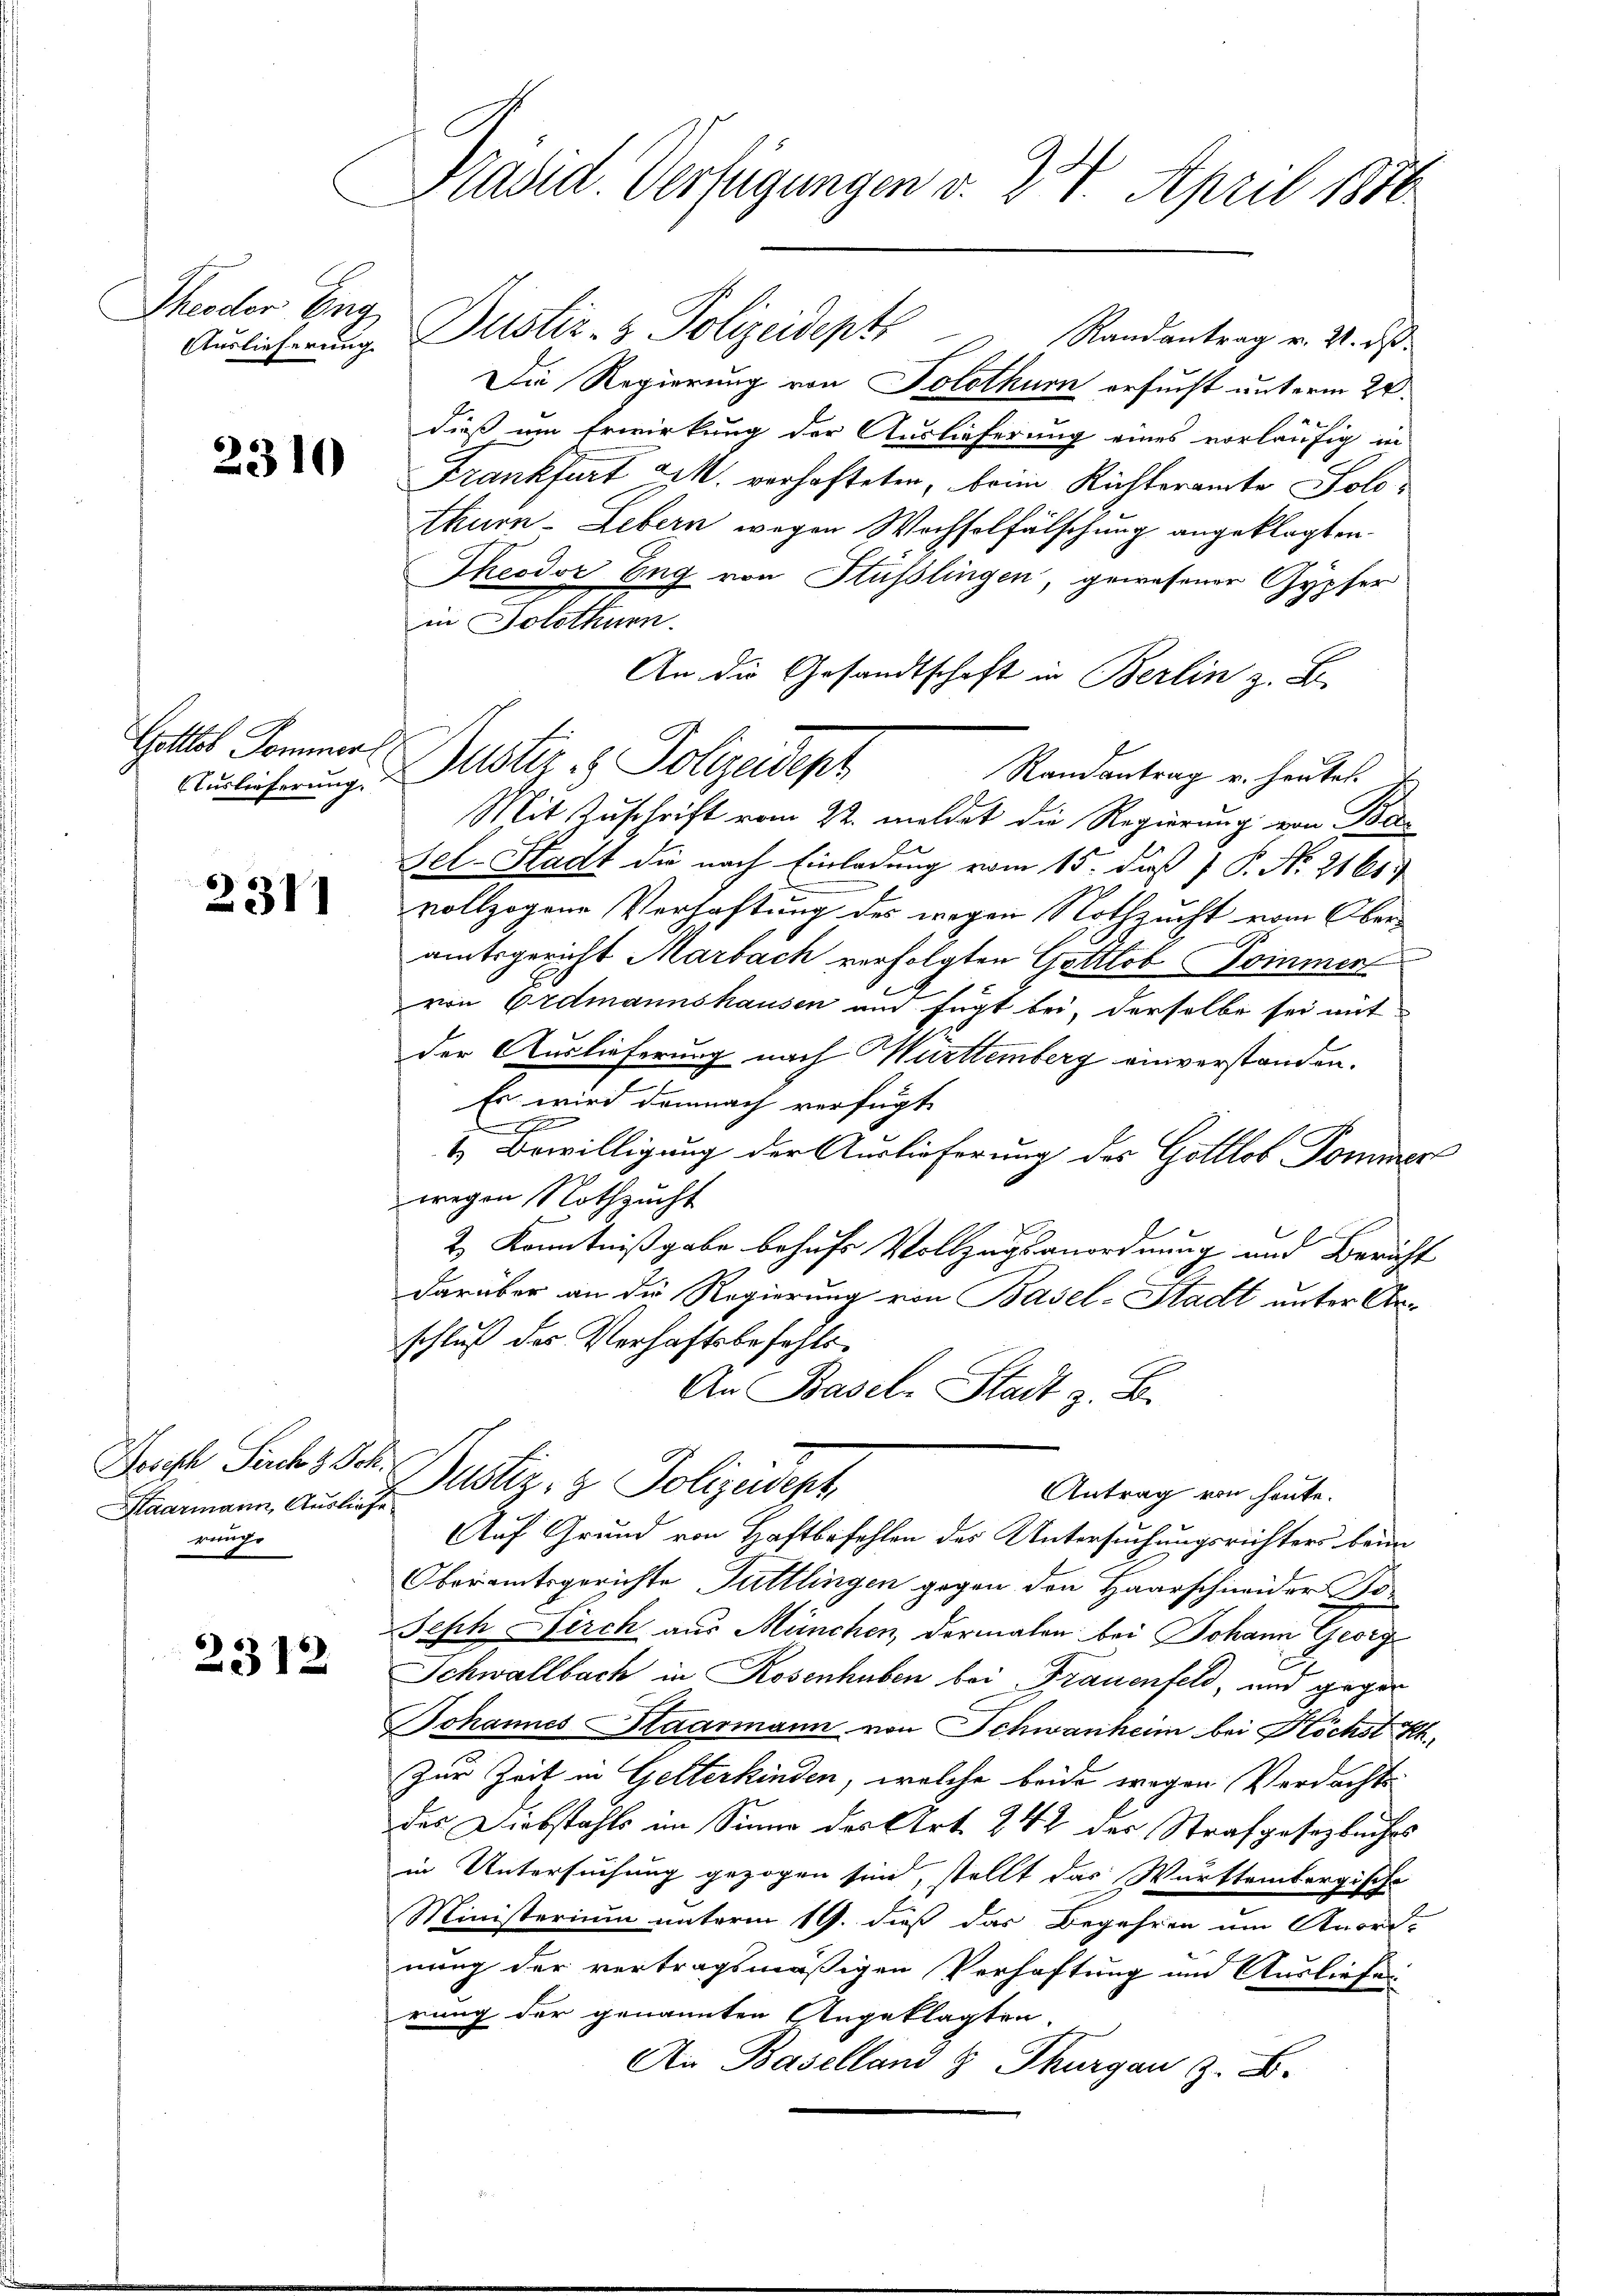
Theodor Eng
Auslieferung

2310

Gottlob Sommerl

2311

Joseph Perche Ver
Saarmann, Auslief
reuge

2312

Präsid Verfügungen v. 24. April 188

Dustiz- & Polizeidept" Randantrag v. 2. ds.
Die Regierung von Solothurn ersucht unterm 24.
e
dieß um Erwirkung der Auslieferung eines vorläufig in
Frankfurt M. verhafteten, beim Richteramte Solothurn-Lebern wegen Wechselfälschung angeklagten
Theodor Eng von Stüsslingen, gewesener Gypfer
in Solothurn.
Randantrag u. heutet.
Mit Zuschrift vom 22. meldet die Regierung von Be¬
Sel-Stadt die nach Einladung vom 15. daß  P. No. 21 61.
vollzogene Verhaftung des wegen Nothzucht vom Oberamtsgericht Marbach verfolgten Gottlob Sommen
von Erdmannshausen und fügt bei, derselbe sei mit
der Auslieferung nach Württemberg einverstanden.
Es wird demnach verfügt
l
xx
t. Bewilligung der Auslieferung des Gottlob Pommen
wegen Nothzucht
2) Kenntnißgabe behufs Vollzugsanordnung und Bericht
darüber an die Regierung von Basel-Stadt unter Arschluß des Verhaftsbefehls¬
An Baseln Stadt z. B.
Justiz- & Polizeidept,
Antrag von heute.
Auf Grund von Haftbefehlen des Untersuchungsrichters beim
Oberamtsgerichte Tuttlingen gegen den Haarschineider Jo-
Jeph Firch aus München, dermalen bei Johann Georg
Schwallbach in Rosenhuben bei Frauenfeld, und gegen
Johannes Haarmann von Schwanken bei Höchst Sch
Zur Zeit in Gelterkinden, welche beide wegen Verdachts
des Diebstahls im Sinne des Art. 242 der Strafgesetzbuches
in Untersuchung gezogen sind, stellt das Württembergische
Ministerium unterm 19. dieß das Begehren um Anord-
nung der vertragsmäßigen Verhaftung und Ausliefes
rung der genannten Angeklagten
An Baselland & Thurgau z. B.

Auslieferung. Alster - Polizeidept

An die Gesandtschaft in Berlin z. B.